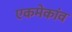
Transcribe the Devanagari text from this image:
एकमेकांव